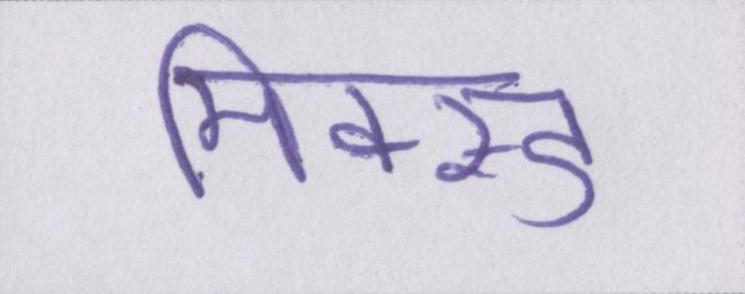
मिक्स्ड